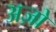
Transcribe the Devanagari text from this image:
अज़ो